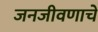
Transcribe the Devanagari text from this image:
जनजीवणाचे